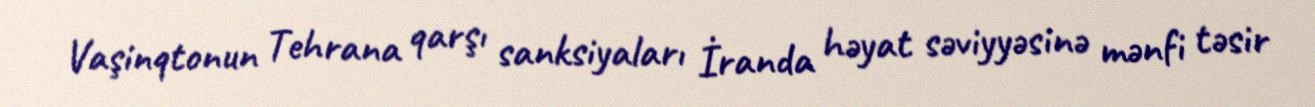
Vaşinqtonun Tehrana qarşı sanksiyaları İranda həyat səviyyəsinə mənfi təsir